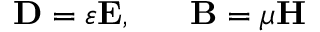
\mathbf { D } = \varepsilon \mathbf { E } , \ \ \ \ \ \mathbf { B } = \mu \mathbf { H }